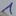
Text: 1